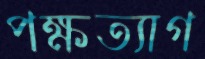
পক্ষত্যাগ